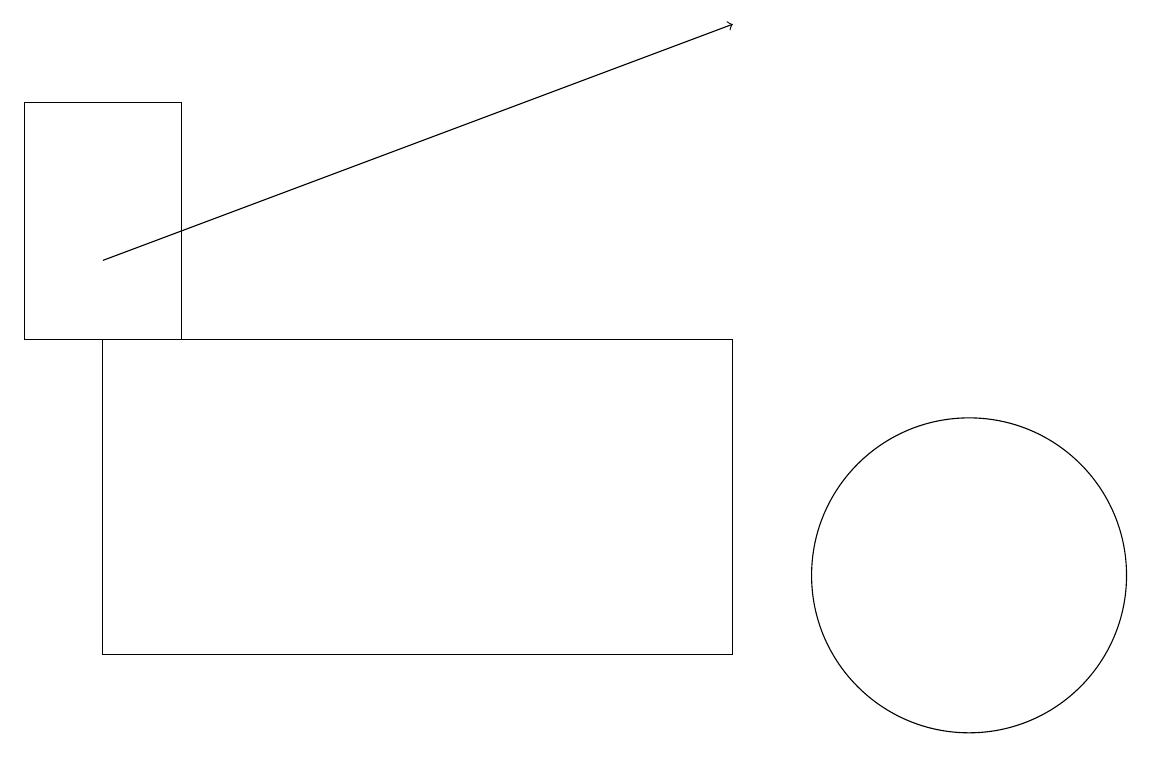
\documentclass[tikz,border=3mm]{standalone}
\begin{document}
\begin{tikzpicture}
\draw (12,11) circle (2);
\draw (2,17) rectangle (0,14);
\draw[->] (1,15) -- (9,18);
\draw (9,10) rectangle (1,14);
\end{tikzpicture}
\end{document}